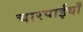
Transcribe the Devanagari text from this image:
चारपाईयाँ